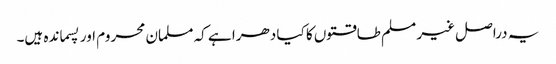
یہ دراصل غیر مسلم طاقتوں کا کیا دھرا ہے کہ مسلمان محروم اور پسماندہ ہیں۔